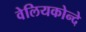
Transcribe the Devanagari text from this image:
वेलियकोन्दे